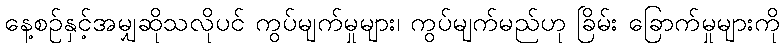
နေ့စဉ်နှင့်အမျှဆိုသလိုပင် ကွပ်မျက်မှုများ၊ ကွပ်မျက်မည်ဟု ခြိမ်း ခြောက်မှုများကို